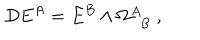
D E ^ { A } = E ^ { B } \wedge \Omega _ { ~ ~ B } ^ { A } ~ ,